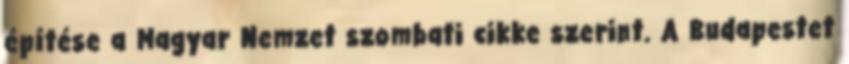
építése a Magyar Nemzet szombati cikke szerint. A Budapestet